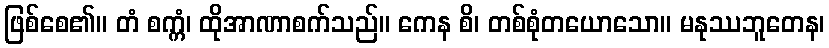
ဖြစ်စေ၏။ တံ စက္ကံ၊ ထိုအာဏာစက်သည်။ ကေန စိ၊ တစ်စုံတယောသော။ မနုဿဘူတေန၊